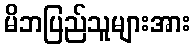
မိဘပြည်သူများအား